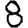
Digit: 8